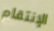
الإنتقام